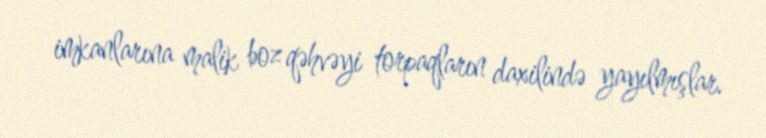
imkanlarına malik boz qəhvəyi torpaqların daxilində yayılmışlar.